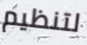
لتنظيم